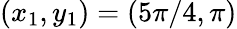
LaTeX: (x_{1},y_{1})=(5\pi/4,\pi)